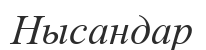
Нысандар